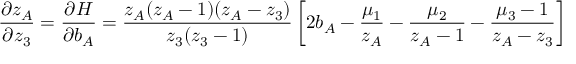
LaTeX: \frac { \partial z _ { A } } { \partial z _ { 3 } } = \frac { \partial H } { \partial b _ { A } } = \frac { z _ { A } ( z _ { A } - 1 ) ( z _ { A } - z _ { 3 } ) } { z _ { 3 } ( z _ { 3 } - 1 ) } \left[ 2 b _ { A } - \frac { \mu _ { 1 } } { z _ { A } } - \frac { \mu _ { 2 } } { z _ { A } - 1 } - \frac { \mu _ { 3 } - 1 } { z _ { A } - z _ { 3 } } \right]